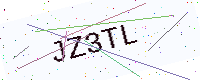
Text: JZ3TL